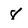
Character: 8